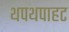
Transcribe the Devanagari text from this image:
थपथपाहट